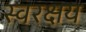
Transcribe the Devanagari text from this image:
स्वरक्षय